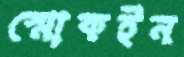
স্মোকইন